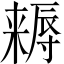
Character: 𣜻